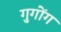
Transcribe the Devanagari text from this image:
गुगोंग